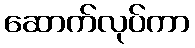
ဆောက်လုပ်ကာ